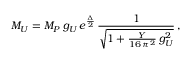
M _ { U } = M _ { P } \, g _ { U } \, e ^ { \frac { \Delta } { 2 } } \, \frac { 1 } { \sqrt { 1 + \frac { Y } { 1 6 \, \pi ^ { 2 } } \, g _ { U } ^ { 2 } } } \, ,